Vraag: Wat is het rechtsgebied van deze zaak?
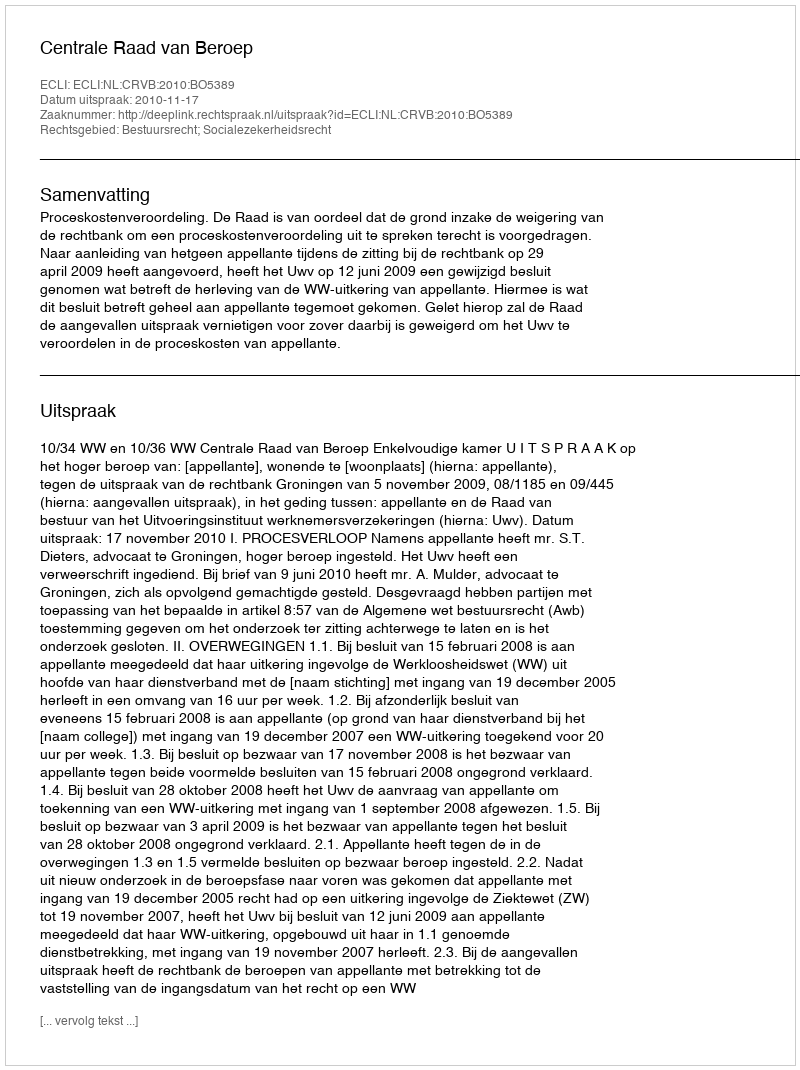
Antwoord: Bestuursrecht; Socialezekerheidsrecht